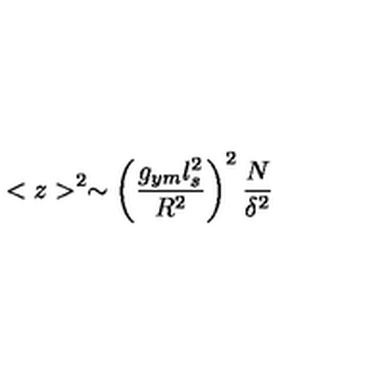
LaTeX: < z > ^ { 2 } \sim \left( { \frac { g _ { y m } l _ { s } ^ { 2 } } { R ^ { 2 } } } \right) ^ { 2 } { \frac { N } { \delta ^ { 2 } } }